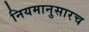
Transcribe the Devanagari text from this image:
नियमानुसारच